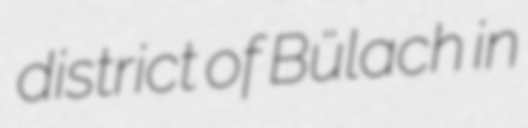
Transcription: district of Bülach in